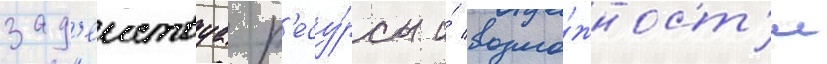
зад'еиствуа р'есу́рсы и́ возмо́жност'и